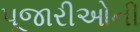
પૂજારીઓની